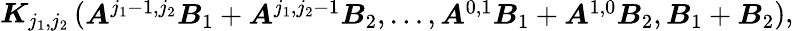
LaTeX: \begin{array}{r}{\boldsymbol{K}_{j_{1},j_{2}}\left(\begin{array}{l}{\boldsymbol{A}^{j_{1}-1,j_{2}}\boldsymbol{B}_{1}+\boldsymbol{A}^{j_{1},j_{2}-1}\boldsymbol{B}_{2},\ldots,\boldsymbol{A}^{0,1}\boldsymbol{B}_{1}+\boldsymbol{A}^{1,0}\boldsymbol{B}_{2},\boldsymbol{B}_{1}+\boldsymbol{B}_{2}}\end{array}\right),}\end{array}